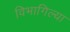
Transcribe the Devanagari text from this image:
विभागिल्या